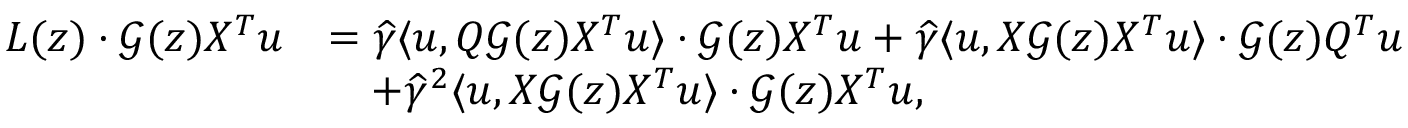
\begin{array} { r l } { L ( z ) \cdot { \mathcal G } ( z ) X ^ { T } { \boldsymbol u } } & { = \widehat \gamma \langle { \boldsymbol u } , Q { \mathcal G } ( z ) X ^ { T } { \boldsymbol u } \rangle \cdot { \mathcal G } ( z ) X ^ { T } { \boldsymbol u } + \widehat \gamma \langle { \boldsymbol u } , X { \mathcal G } ( z ) X ^ { T } { \boldsymbol u } \rangle \cdot { \mathcal G } ( z ) Q ^ { T } { \boldsymbol u } } \\ & { \quad + \widehat \gamma ^ { 2 } \langle { \boldsymbol u } , X { \mathcal G } ( z ) X ^ { T } { \boldsymbol u } \rangle \cdot { \mathcal G } ( z ) X ^ { T } { \boldsymbol u } , } \end{array}